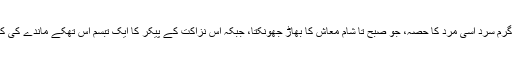
باہر کا سب گرم سرد اِسی مَرد کا حصہ، جو صبح تا شام معاش کا بھاڑ جھونکتا، جبکہ اُس نزاکت کے پیکر کا ایک تبسم اِس تھکے ماندے کی کامل تعویض۔